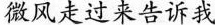
微风走过来告诉我